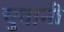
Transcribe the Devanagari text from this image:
चुवानी